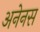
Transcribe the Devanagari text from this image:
अनेनस